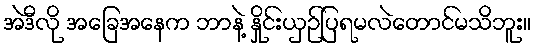
အဲဒီလို အခြေအနေက ဘာနဲ့ နှိုင်းယှဉ်ပြရမလဲတောင်မသိဘူး။